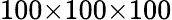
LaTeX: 100{\times}100{\times}100